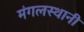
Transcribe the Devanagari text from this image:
मंगलस्थानी